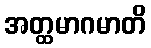
အတ္ထမာဂမာတိ